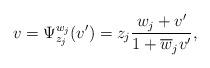
LaTeX: \begin{align*}v=\Psi_{z_j}^{w_j}(v^\prime)=z_j\frac{w_j+v^\prime}{1+\overline{w}_jv^\prime},\end{align*}